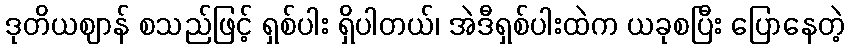
ဒုတိယဈာန် စသည်ဖြင့် ရှစ်ပါး ရှိပါတယ်၊ အဲဒီရှစ်ပါးထဲက ယခုစပြီး ပြောနေတဲ့